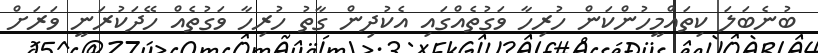
ބުނެބަލަ ކިތައްމީހުންކަން ހުރިހާ ވަގުތެއްގައި އެކުދިން ގާތު ހުރިހާ ވަގުތެއް ހޭދަކުރަނީ ވަރަށް